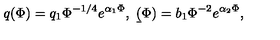
q ( \Phi ) = q _ { 1 } \Phi ^ { - 1 / 4 } e ^ { \alpha _ { 1 } \Phi } , \ \b ( \Phi ) = b _ { 1 } \Phi ^ { - 2 } e ^ { \alpha _ { 2 } \Phi } ,